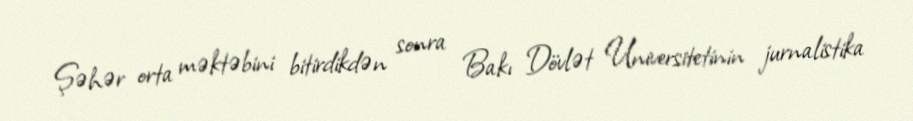
Şəhər orta məktəbini bitirdikdən sonra Bakı Dövlət Universitetinin jurnalistika